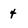
Character: 4